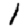
Digit: 1